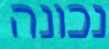
נכונה